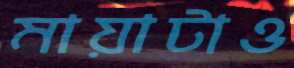
মায়াটাও